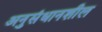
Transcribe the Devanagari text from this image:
अनुसंधानशील